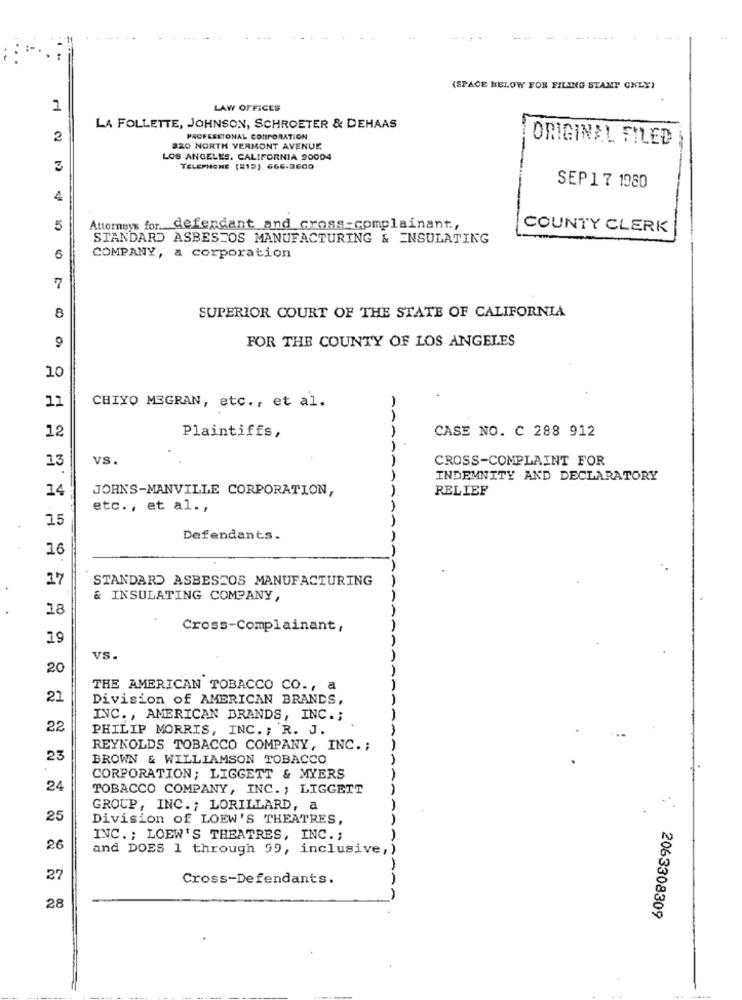
(SPACE BELOW FOR FILING STANT ONLY)
1
LAW OFFICES
LA FOLLETTE, JOHNSON, SCHROETER & DEHAAS
2
PROFESSIONAL CORPORATION
ORIGINAL FILED
820 NORTH VERMONT AVENUE
LOS ANGELES, CALIFORNIA 90004
TELEPHONE (213) 666.3600
SEP 1 7 1980
4
5
Attorneys for defendant and cross-complainant .,
COUNTY CLERK
STANDARD ASBESTOS MANUFACTURING & ENSULATING
6
COMPANY, a corporation
7
8
SUPERIOR COURT OF THE STATE OF CALIFORNIA
FOR THE COUNTY OF LOS ANGELES
9
10
11
CHIYO MEGRAN, etc ., et al.
CASE NO. C 288 912
12
Plaintiffs,
13
vS.
CROSS-COMPLAINT FOR
INDEMNITY AND DECLARATORY
14
JOHN'S-MANVILLE CORPORATION,
RELIEF
etc ., et al .,
15
Defendants.
16
17
STANDARD ASBESTOS MANUFACTURING
& INSULATING COMPANY,
AA
18
Cross-Complainant,
19
vs.
20
THE AMERICAN TOBACCO CO ., a
21
Division of AMERICAN BRANDS,
INC. , AMERICAN BRANDS, INC .;
22
PHILIP MORRIS, INC. ; R. J.
REYNOLDS TOBACCO COMPANY, INC. ;
23
BROWN & WILLIAMSON TOBACCO
CORPORATION; LIGGETT & MYERS
24
TOBACCO COMPANY, INC. ; LIGGETT
GROUP, INC .; LORILLARD, a
25
Division of LOEW'S THEATRES,
INC .; LOEW'S THEATRES, INC .;
26
and DOES 1 through 99, inclusive,
27
Cross-Defendants.
28
2063308309